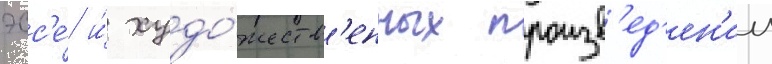
эсс'е́ и́ худо́жеств'енных произв'ед'ен'ии